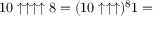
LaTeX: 1 0 \uparrow \uparrow \uparrow \uparrow 8 = ( 1 0 \uparrow \uparrow \uparrow ) ^ { 8 } 1 =